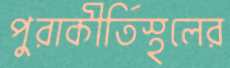
পুরাকীর্তিস্থলের